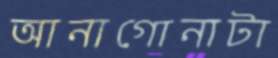
আনাগোনাটা